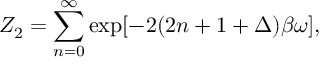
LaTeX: Z _ { 2 } = \sum _ { n = 0 } ^ { \infty } \exp [ - 2 ( 2 n + 1 + \Delta ) \beta \omega ] ,